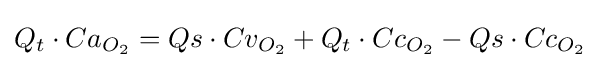
Q_{t}\cdot Ca_{O_{2}}=Qs\cdot Cv_{O_{2}}+Q_{t}\cdot Cc_{O_{2}}-Qs\cdot Cc_{O_{2}}